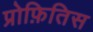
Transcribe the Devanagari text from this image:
प्रोफ़ितिस